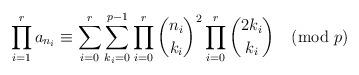
LaTeX: \begin{align*}\prod_{i=1}^ra_{n_i} & \equiv \sum_{i=0}^r\sum_{k_i=0}^{p-1} \prod_{i=0}^r\binom{n_i}{k_i}^2\prod_{i=0}^r\binom{2k_i}{k_i }\pmod{p}\\\end{align*}